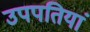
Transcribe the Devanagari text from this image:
उपपतियां